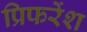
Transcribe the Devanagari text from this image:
प्रिफरेंश